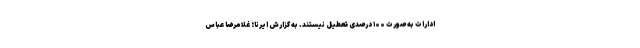
ادارات به صورت ۱۰۰ درصدی تعطیل نیستند. به گزارش ایرنا؛ غلامرضا عباس